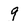
Character: 9